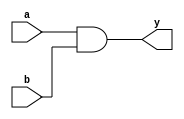
module simple_continuous_assignment (
    input wire a,           // First input
    input wire b,           // Second input
    output wire y           // Output
);

// Continuous assignment for logical AND of inputs a and b
assign y = a & b;

endmodule